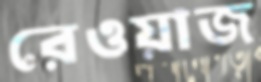
রেওয়াজ